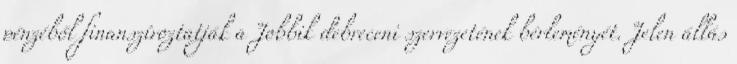
pénzéből finanszíroztatják a Jobbik debreceni szervezetének bérleményét. Jelen állás